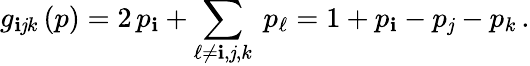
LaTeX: g_{\mathbf{i}\mathit{j}k}\, (p)=2\, p_{\mathbf{i}}+\sum_{\ell\ne\mathbf{i},\mathit{j},k}\ p_{\ell}=1+p_{\mathbf{i}}-p_{\mathit{j}}-p_{k}\, .